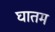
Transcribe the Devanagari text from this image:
घातम